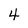
Character: 4